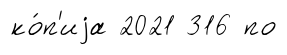
ко́п'иjа 2021 316 по